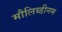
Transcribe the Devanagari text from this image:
मौलिब्डीनम